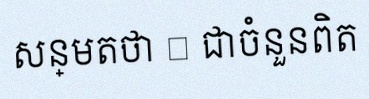
សន្មតថា x ជាចំនួនពិត